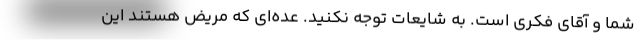
شما و آقای فکری است. به شایعات توجه نکنید. عده‌ای که مریض هستند این